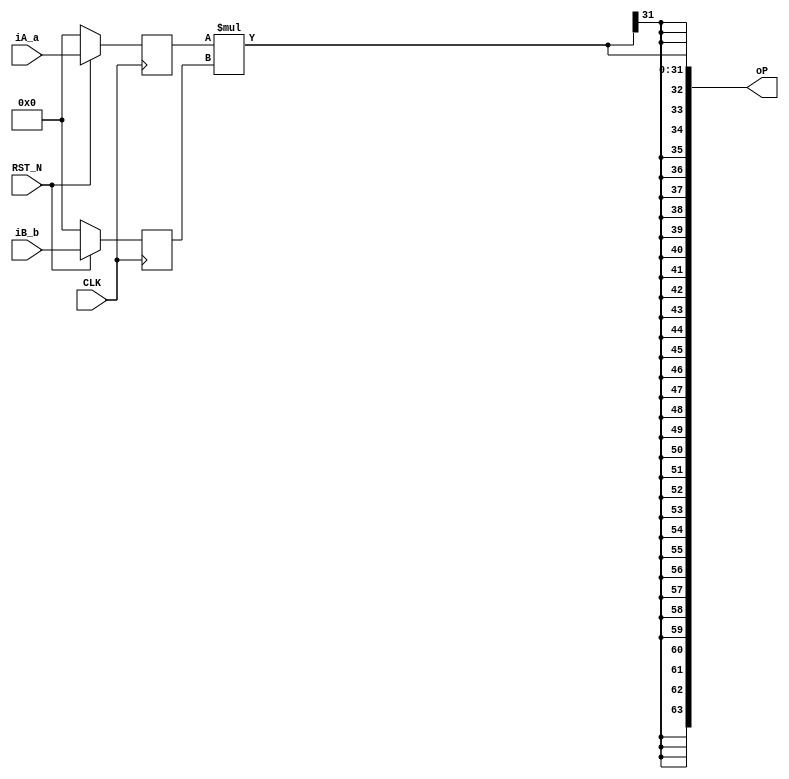
//
// Generated by Bluespec Compiler, version 2021.12.1 (build fd501401)
//
// On Mon Mar  6 22:09:27 IST 2023
//
//
// Ports:
// Name                         I/O  size props
// oP                             O    64
// CLK                            I     1 clock
// RST_N                          I     1 reset
// iA_a                           I    32 reg
// iB_b                           I    32 reg
//
// No combinational paths from inputs to outputs
//
//

`ifdef BSV_ASSIGNMENT_DELAY
`else
  `define BSV_ASSIGNMENT_DELAY
`endif

`ifdef BSV_POSITIVE_RESET
  `define BSV_RESET_VALUE 1'b1
  `define BSV_RESET_EDGE posedge
`else
  `define BSV_RESET_VALUE 1'b0
  `define BSV_RESET_EDGE negedge
`endif

module mkmult32(CLK,
		RST_N,

		iA_a,

		iB_b,

		oP);
  input  CLK;
  input  RST_N;

  // action method iA
  input  [31 : 0] iA_a;

  // action method iB
  input  [31 : 0] iB_b;

  // value method oP
  output [63 : 0] oP;

  // signals for module outputs
  wire [63 : 0] oP;

  // register reg_a
  reg [31 : 0] reg_a;
  wire [31 : 0] reg_a$D_IN;
  wire reg_a$EN;

  // register reg_b
  reg [31 : 0] reg_b;
  wire [31 : 0] reg_b$D_IN;
  wire reg_b$EN;

  // remaining internal signals
  wire [63 : 0] reg_a_MUL_reg_b___d3;
  wire [31 : 0] reg_a_MUL_reg_b_BITS_31_TO_0__q1;

  // value method oP
  assign oP =
	     { {32{reg_a_MUL_reg_b_BITS_31_TO_0__q1[31]}},
	       reg_a_MUL_reg_b_BITS_31_TO_0__q1 } ;

  // register reg_a
  assign reg_a$D_IN = iA_a ;
  assign reg_a$EN = 1'd1 ;

  // register reg_b
  assign reg_b$D_IN = iB_b ;
  assign reg_b$EN = 1'd1 ;

  // remaining internal signals
  assign reg_a_MUL_reg_b_BITS_31_TO_0__q1 = reg_a_MUL_reg_b___d3[31:0] ;
  assign reg_a_MUL_reg_b___d3 = reg_a * reg_b ;

  // handling of inlined registers

  always@(posedge CLK)
  begin
    if (RST_N == `BSV_RESET_VALUE)
      begin
        reg_a <= `BSV_ASSIGNMENT_DELAY 32'd0;
	reg_b <= `BSV_ASSIGNMENT_DELAY 32'd0;
      end
    else
      begin
        if (reg_a$EN) reg_a <= `BSV_ASSIGNMENT_DELAY reg_a$D_IN;
	if (reg_b$EN) reg_b <= `BSV_ASSIGNMENT_DELAY reg_b$D_IN;
      end
  end

  // synopsys translate_off
  `ifdef BSV_NO_INITIAL_BLOCKS
  `else // not BSV_NO_INITIAL_BLOCKS
  initial
  begin
    reg_a = 32'hAAAAAAAA;
    reg_b = 32'hAAAAAAAA;
  end
  `endif // BSV_NO_INITIAL_BLOCKS
  // synopsys translate_on
endmodule  // mkmult32